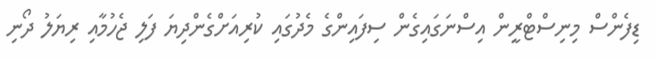
ޑިފެންސް މިނިސްޓްރީން އިސްނަގައިގެން ސިފައިންގެ މެދުގައި ކުރިއަށްގެންދިޔަ ފަލި ޖެހުމާއި ރިޔަލު ދޯނި